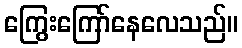
ကြွေးကြော်နေလေသည်။